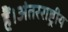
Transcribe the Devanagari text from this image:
हैं।अंतरराष्ट्रीय